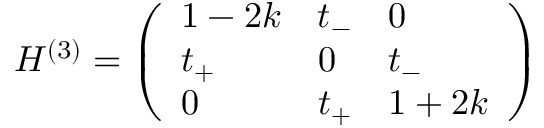
H ^ { ( 3 ) } = \left( \begin{array} { l l l } { 1 - 2 k } & { t _ { - } } & { 0 } \\ { t _ { + } } & { 0 } & { t _ { - } } \\ { 0 } & { t _ { + } } & { 1 + 2 k } \end{array} \right)